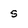
Character: s